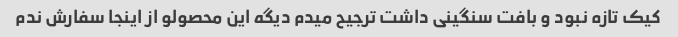
کیک تازه نبود و بافت سنگینی داشت ترجیح میدم دیگه این محصولو از اینجا سفارش ندم